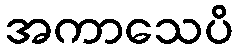
အကာသေပိ